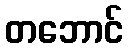
တဘောင်